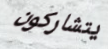
يتشاركون